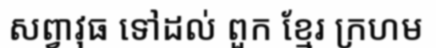
សព្វាវុធ ទៅដល់ ពួក ខ្មែរ ក្រហម